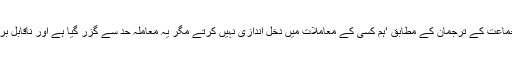
حکمران جماعت کے ترجمان کے مطابق ‘ہم کسی کے معاملات میں دخل اندازی نہیں کرتے مگر یہ معاملہ حد سے گزر گیا ہے اور ناقابل برداشت ہے۔